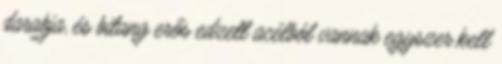
darabja, és bitang erős edzett acélból vannak egyszer kell